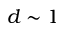
d \sim 1